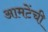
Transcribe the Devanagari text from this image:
आमटेंची